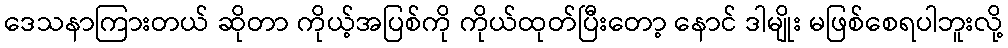
ဒေသနာကြားတယ် ဆိုတာ ကိုယ့်အပြစ်ကို ကိုယ်ထုတ်ပြီးတော့ နောင် ဒါမျိုး မဖြစ်စေရပါဘူးလို့